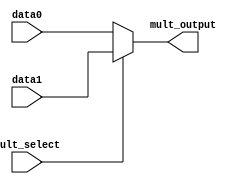
module mux_e(output reg [31:0] mult_output,
                           input [31:0] data0,
                           data1,
                           input mult_select);
always @(mult_select, data0, data1)
    if (!mult_select)
        mult_output <= data0;
    else
        mult_output <= data1;
endmodule